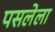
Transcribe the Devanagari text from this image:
पसलेला